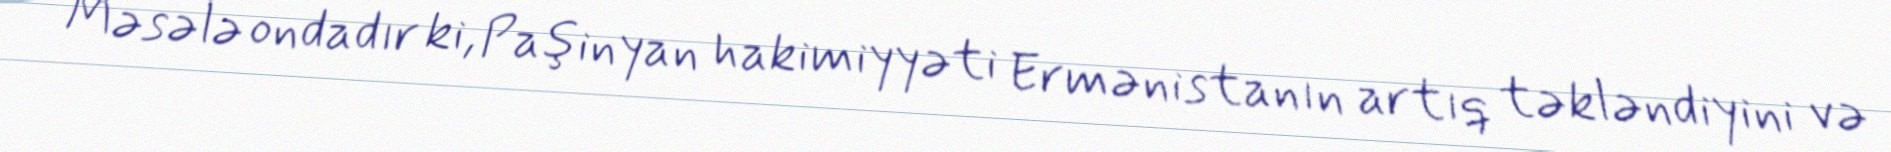
Məsələ ondadır ki, Paşinyan hakimiyyəti Ermənistanın artıq təkləndiyini və